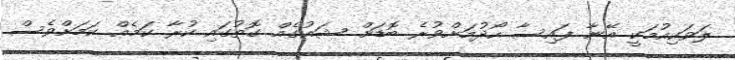
ލަވަކިއުމަކީ އޭނާ ފައިސާ ހޯދުމަށްވުރެ ބޮޑަށް ޝައުގެއް ގޮތުގައި ކުރާ ކަމެއް ކަމަށްވެސް